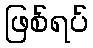
ဖြစ်ရပ်